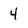
Character: 4